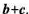
b+c.